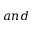
a n d